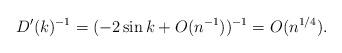
LaTeX: \begin{align*} D'(k)^{-1}=(-2\sin k + O(n^{-1}))^{-1} = O(n^{1/4}).\end{align*}